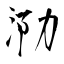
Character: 泐